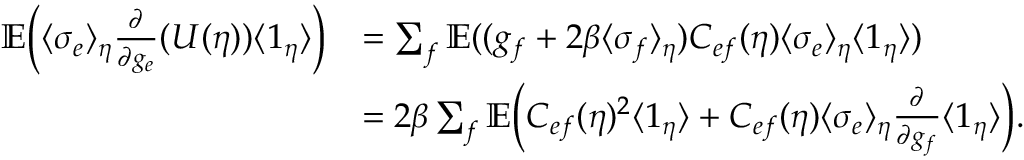
\begin{array} { r l } { \mathbb { E } \biggl ( \langle \sigma _ { e } \rangle _ { \eta } \frac { \partial } { \partial g _ { e } } ( U ( \eta ) ) \langle 1 _ { \eta } \rangle \biggr ) } & { = \sum _ { f } \mathbb { E } ( ( g _ { f } + 2 \beta \langle \sigma _ { f } \rangle _ { \eta } ) C _ { e f } ( \eta ) \langle \sigma _ { e } \rangle _ { \eta } \langle 1 _ { \eta } \rangle ) } \\ & { = 2 \beta \sum _ { f } \mathbb { E } \biggl ( C _ { e f } ( \eta ) ^ { 2 } \langle 1 _ { \eta } \rangle + C _ { e f } ( \eta ) \langle \sigma _ { e } \rangle _ { \eta } \frac { \partial } { \partial g _ { f } } \langle 1 _ { \eta } \rangle \biggr ) . } \end{array}